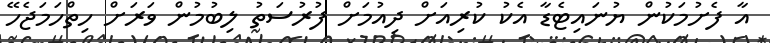
އާ ފެށުމަކުން ޔުނައިޓެޑާ އެކު ކުރިއަށް ދިއުމަށް ފުރުސަތު ލިބުމުން ވަރަށް ހިތްހަމަޖެހޭ